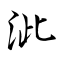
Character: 泚